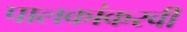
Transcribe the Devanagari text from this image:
पालकांकरवी